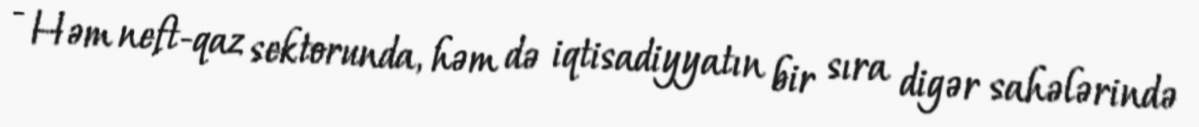
- Həm neft-qaz sektorunda, həm də iqtisadiyyatın bir sıra digər sahələrində